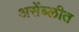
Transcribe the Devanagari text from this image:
असेंब्लीत